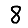
Digit: 8